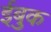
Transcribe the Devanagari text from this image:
ईबुक